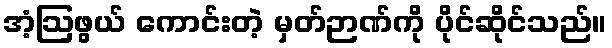
အံ့ဩဖွယ် ကောင်းတဲ့ မှတ်ဉာဏ်ကို ပိုင်ဆိုင်သည်။